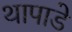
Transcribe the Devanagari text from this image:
थापाडे